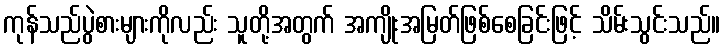
ကုန်သည်ပွဲစားများကိုလည်း သူတို့အတွက် အကျိုးအမြတ်ဖြစ်စေခြင်းဖြင့် သိမ်းသွင်းသည်။